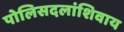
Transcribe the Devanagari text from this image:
पोलिसदलांशिवाय